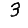
Digit: 3